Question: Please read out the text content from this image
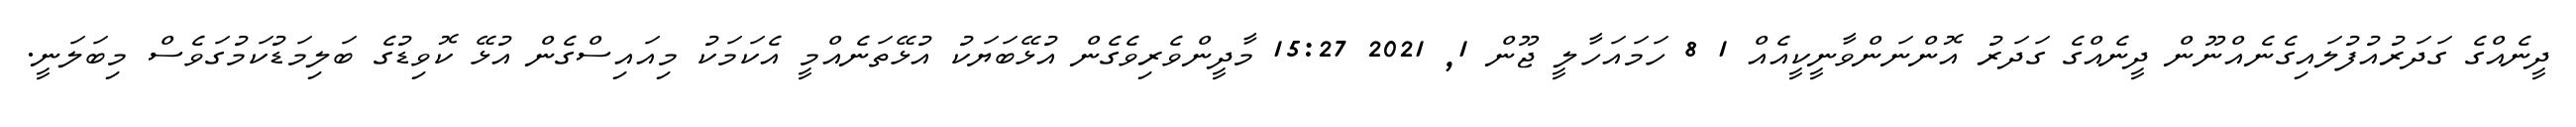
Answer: ދީނެއްގެ ގަދަރުއުފުލައިގެނެއްނޫން ދީނެއްގެ ގަދަރު އޮންނަންވާނީކީއެއް 1 8 ހަމައަހާލީ ޖޫން 1, 2021 15:27 މާދީންވެރިވެގެން އުޅޭބަޔަކު އުޅޭތަނެއްމީ އެކަމަކު މިއައިސްގެން އުޅޭ ކޮވިޑުގެ ބަލިމަޑުކަމުގަވެސް މިބަލަނީ.